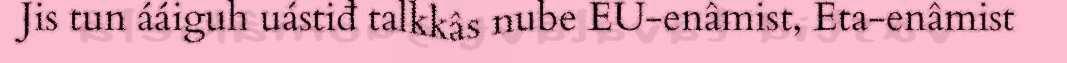
Jis tun ááiguh uástiđ talkkâs nube EU-enâmist, Eta-enâmist